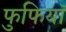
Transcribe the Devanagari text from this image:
फुफियाॅ